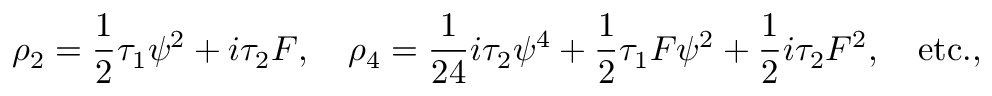
\rho _ { 2 } = { \frac { 1 } { 2 } } \tau _ { 1 } \psi ^ { 2 } + i \tau _ { 2 } { \cal F } , \quad \rho _ { 4 } = { \frac { 1 } { 2 4 } } i \tau _ { 2 } \psi ^ { 4 } + { \frac { 1 } { 2 } } \tau _ { 1 } { \cal F } \psi ^ { 2 } + { \frac { 1 } { 2 } } i \tau _ { 2 } { \cal F } ^ { 2 } , \quad \mathrm { e t c . } ,